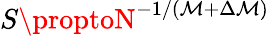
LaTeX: S\proptoN^{-1/(\mathcal{M}+\Delta\mathcal{M})}